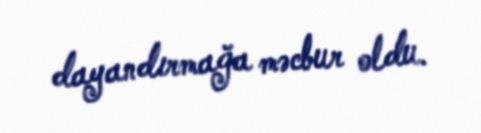
dayandırmağa məcbur oldu.